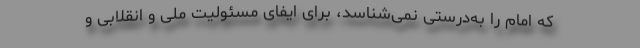
که امام را به‌درستی نمی‌شناسد، برای ایفای مسئولیت ملی و انقلابی و